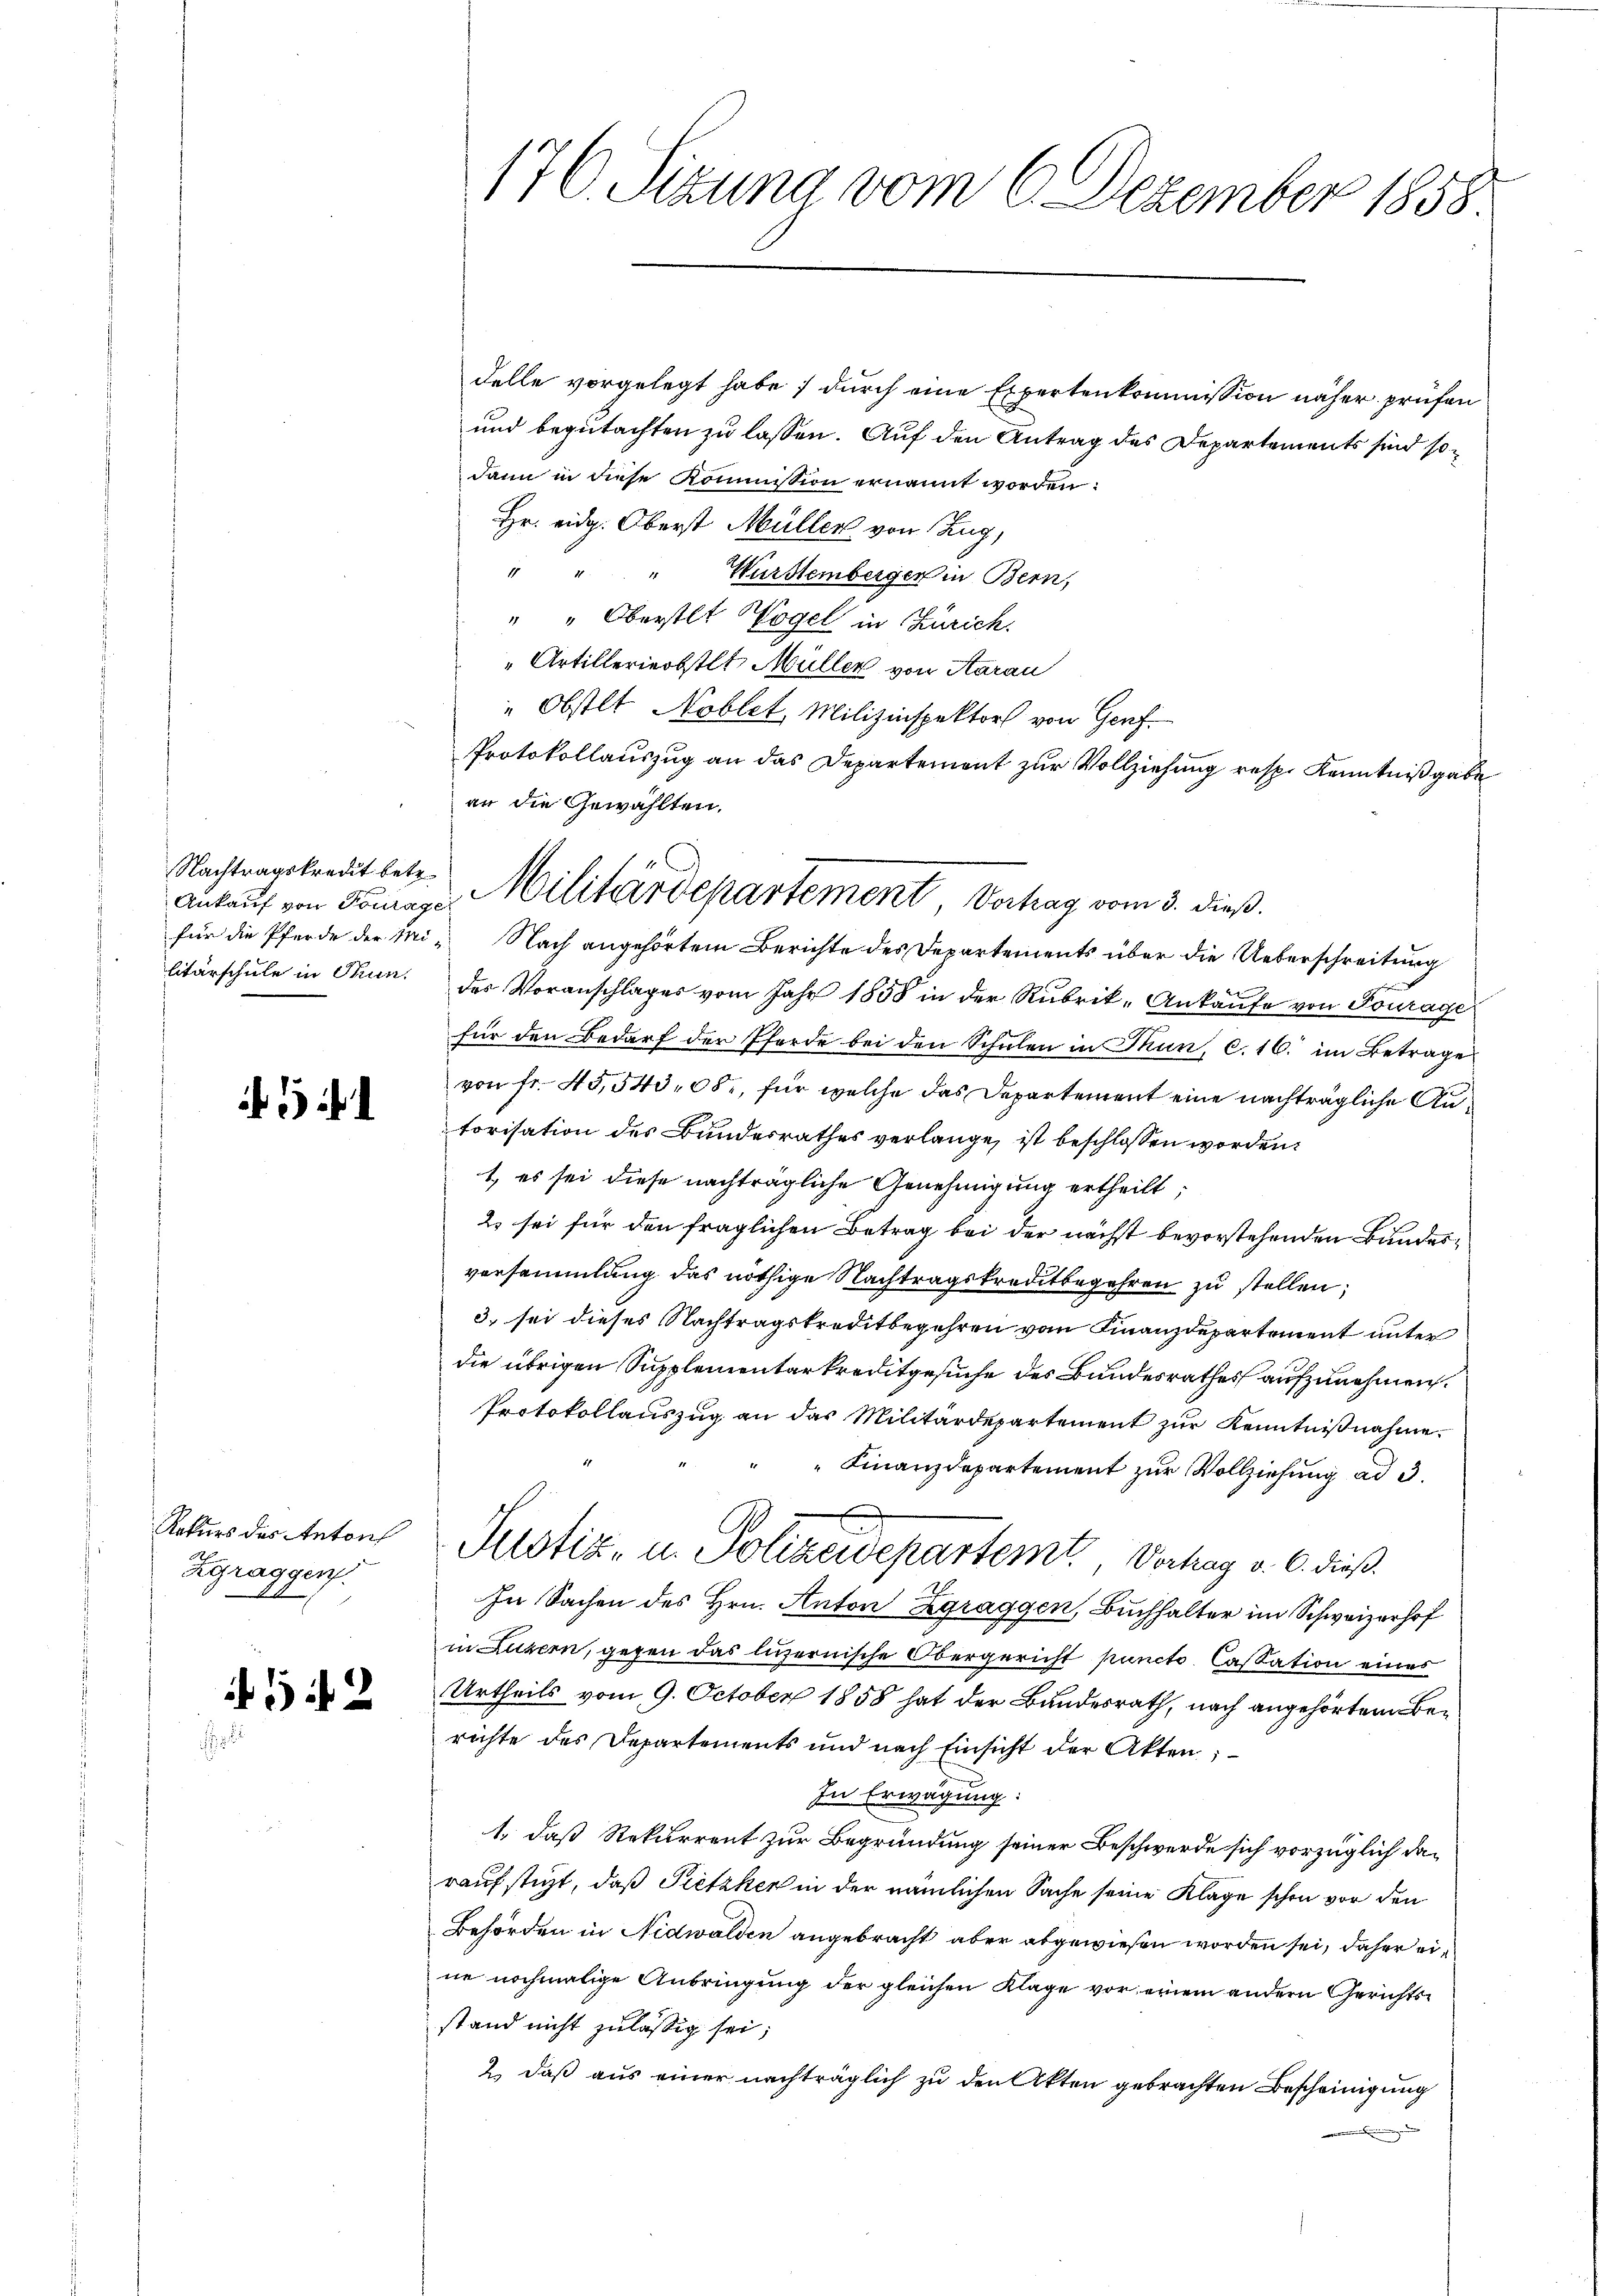
Nachtragskredit betr.
litärschule in Thun.

Rekurs des Anton
Zgraggen.

4542

delle vorgelegt habe; durch eine Expertenkommission näher prüfen
und begutachten zu lassen. Auf den Antrag des Departements sind sodann in diese Kommission ernannt worden:
Hr. eidg. Oberst Müller von Zug,
" " " Wurstemberger in Bern,
" " Oberstet Vogel in Zürich.
Artillerinobstlt Müller von Aarau
"Obstlt Noblet, Milizinspektor von Genf
Protokollauszug an das Departement zur Vollziehung resp. Kenntnißgabe
an die Gewählten,
für die Pferde der Mi- Nach angehörtem Berichte des Departements über die Ueberschreitung
des Voranschlages vom Jahr 1858 in der Rubrik-Ankaufe von Tourage
für den Bedarf der Pferde bei den Schulen in Thun, c. 16. im Betrage
von fr. 45,543,08, für welche das Departement eine nachträgliche Autorisation des Bundesrathes verlange, ist beschlossen worden.
1, es sei diese nachträgliche Genehmigung ertheilt;
2 sei für den fraglichen Betrag bei der nächst bevorstehenden Bundesversammlung das nöthige Nachtragskreditbegehren zu stellen,
3. sei dieses Nachtragskreditbegehren vom Finanzdepartement unter
die übrigen Supplementarkreditgesuche des Bundesrathes aufzunehmen.
Protokollauszug an das Militärdepartement zur Kenntnißnahme.
" Finanzdepartement zur Vollziehung ad 3.
Justiz- u. Polizeidepartemt. Verhag v. 6. dieß.
In Sachen des Hrn. Anton Zgraggen, Buchhalter im Schweizerhof
in Luzern, gegen das luzernische Obergericht puncto Cassation eines
Urtheils vom 9. October 1858 hat der Bundesrath, nach angehörten Berichte des Departements und nach Einsicht der Akten;
In Erwägung:
1., daß Rekurrent zur Begründung seiner Beschwerde sich vorzüglich daraufstigt, daß Pietiker in der nämlichen Sache seine Klage schon vor den
Behörden in Nidwalden angebracht aber abgewiesen worden sei, daher eine nochmalige Anbringung der gleichen Klage vor einem andern Gerichtsstand nicht zuläßig sei;
2) daß aus einer nachträglich zu den Akten gebrachten Bescheinigung
i

176. Sizung vom 6. Dezember 1858.

Ankauf von Dann Militärdepartement, Verhag vom 3. dieß